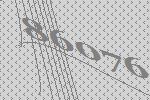
86076